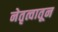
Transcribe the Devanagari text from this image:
नेतृत्वातून